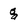
Character: g